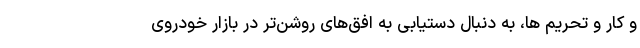
و کار و تحریم ها، به دنبال دستیابی به افق‌های روشن‌تر در بازار خودروی